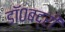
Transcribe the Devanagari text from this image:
डॉ०बद्री